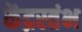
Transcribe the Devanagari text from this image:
केंद्रस्तंभ